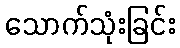
သောက်သုံးခြင်း